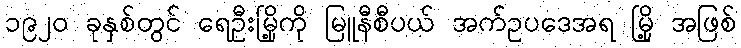
၁၉၂၀ ခုနှစ်တွင် ရေဦးမြို့ကို မြူနီစီပယ် အက်ဥပဒေအရ မြို့ အဖြစ်